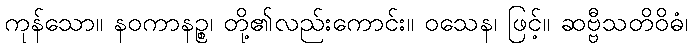
ကုန်သော။ နဝကာနဉ္စ၊ တို့၏လည်းကောင်း။ ဝသေန၊ ဖြင့်။ ဆဗ္ဗီသတိဝိဓံ၊